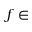
f \in